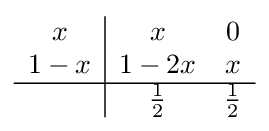
{\begin{array}{c|cc}x&x&0\\1-x&1-2x&x\\\hline &{\frac {1}{2}}&{\frac {1}{2}}\\\end{array}}